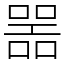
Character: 噐